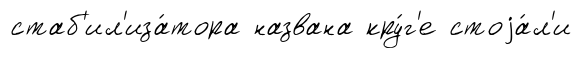
стаб'ил'иза́тора названа кру́г'е стоjа́л'и